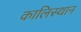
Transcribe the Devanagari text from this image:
कालिस्थान